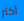
أكثر